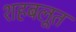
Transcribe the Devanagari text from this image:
शहबलूत